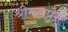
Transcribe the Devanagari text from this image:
श्रीमहाप्रभु